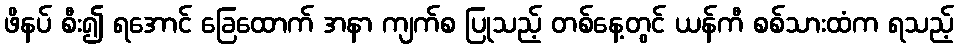
ဖိနပ် စီး၍ ရအောင် ခြေထောက် အနာ ကျက်စ ပြုသည့် တစ်နေ့တွင် ယန်ကီ စစ်သားထံက ရသည့်